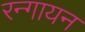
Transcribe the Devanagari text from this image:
रन्गायन